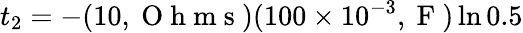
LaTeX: t_{2}=-(10,\mathrm{~O~h~m~s~})(100\times 10^{-3},\mathrm{~F~})\ln{0.5}